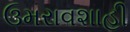
ઉમરાવશાહી